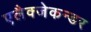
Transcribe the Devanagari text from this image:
एलैक्जेकन्डर